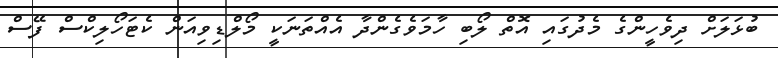
ބުޅަލަށް ދިވެހީންގެ މެދުގައި އޮތް ލޯބި ހާމަވެގެންދާ އެއްތަނަކީ މޯލްޑިވިއަން ކެޓަހޯލިކްސް ފޭސް